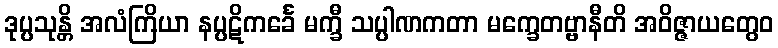
ဒုပ္ပသုန္တိ အလံကြိယာ နပ္ပဋိကင်္ခေ မက္ခီ သပ္ပါဏကတာ မက္ခေတဗ္ဗာနီတိ အဝိဇ္ဇာယတွေဝ